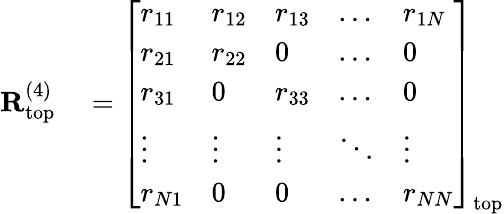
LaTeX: \begin{array}{rl}{\mathbf{R}_{\mathrm{top}}^{(4)}}&{{}=\left[\begin{array}{lllll}{r_{11}}&{r_{12}}&{r_{13}}&{\dots}&{r_{1N}}\\ {r_{21}}&{r_{22}}&{0}&{\dots}&{0}\\ {r_{31}}&{0}&{r_{33}}&{\dots}&{0}\\ {\vdots}&{\vdots}&{\vdots}&{\ddots}&{\vdots}\\ {r_{N1}}&{0}&{0}&{\dots}&{r_{NN}}\end{array}\right]_{\mathrm{top}}}\end{array}